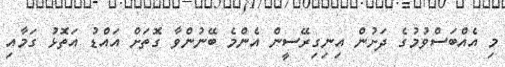
މި އެއްބަސްވުމުގެ ދަށުން އިނިގިރޭސީން އެންމެ ބޭނުންވާ ގޮތަށް އައްޑު އަތޮޅު ގަމާއި